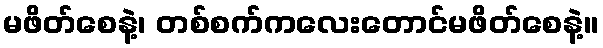
မဖိတ်စေနဲ့၊ တစ်စက်ကလေးတောင်မဖိတ်စေနဲ့။